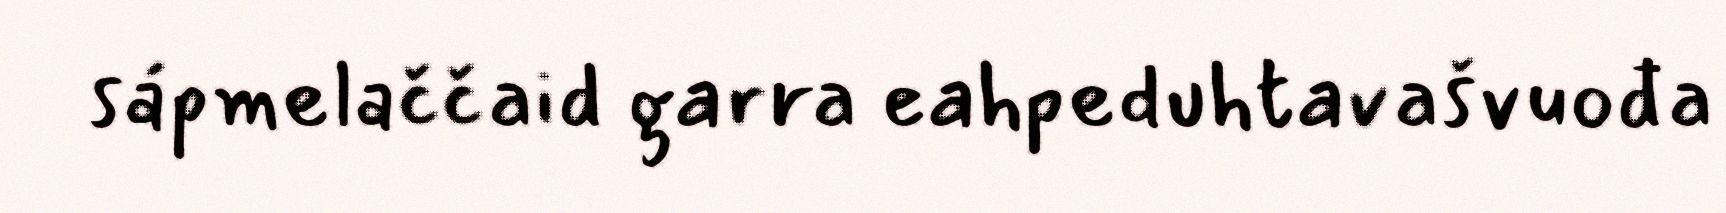
sápmelaččaid garra eahpeduhtavašvuođa